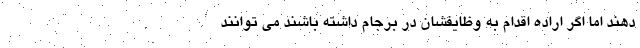
دهند اما اگر اراده اقدام به وظایفشان در برجام داشته باشند می توانند